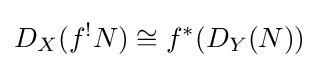
D_{X}(f^{!}N)\cong f^{*}(D_{Y}(N))